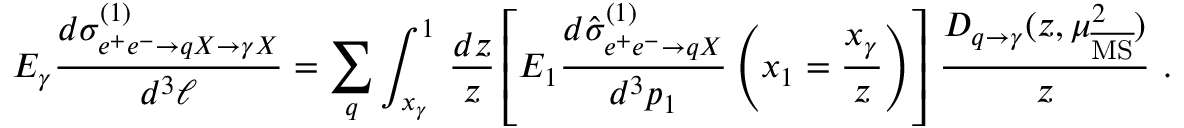
E _ { \gamma } \frac { d \sigma _ { e ^ { + } e ^ { - } \rightarrow q X \rightarrow \gamma X } ^ { ( 1 ) } } { d ^ { 3 } \ell } = \sum _ { q } \int _ { x _ { \gamma } } ^ { 1 } \, \frac { d z } { z } \left[ E _ { 1 } \frac { d \hat { \sigma } _ { e ^ { + } e ^ { - } \rightarrow q X } ^ { ( 1 ) } } { d ^ { 3 } p _ { 1 } } \left( x _ { 1 } = \frac { x _ { \gamma } } { z } \right) \right] \, \frac { D _ { q \rightarrow \gamma } ( z , \mu _ { \overline { { \mathrm { M S } } } } ^ { 2 } ) } { z } \ .